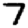
Digit: 7